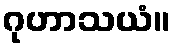
ဂုဟာသယံ။